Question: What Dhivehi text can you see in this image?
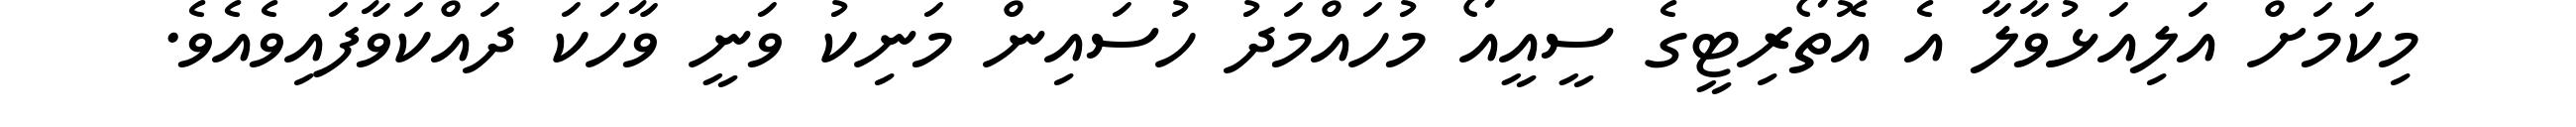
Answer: މިކަމަށް އަލިއަޅުވާލާ އެ އޮތޯރިޓީގެ ސީއީއޯ މުހައްމަދު ހުސައިން މަނިކު ވަނީ ވާހަކަ ދައްކަވާފައިވެއެވެ.